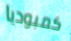
كمبوديا